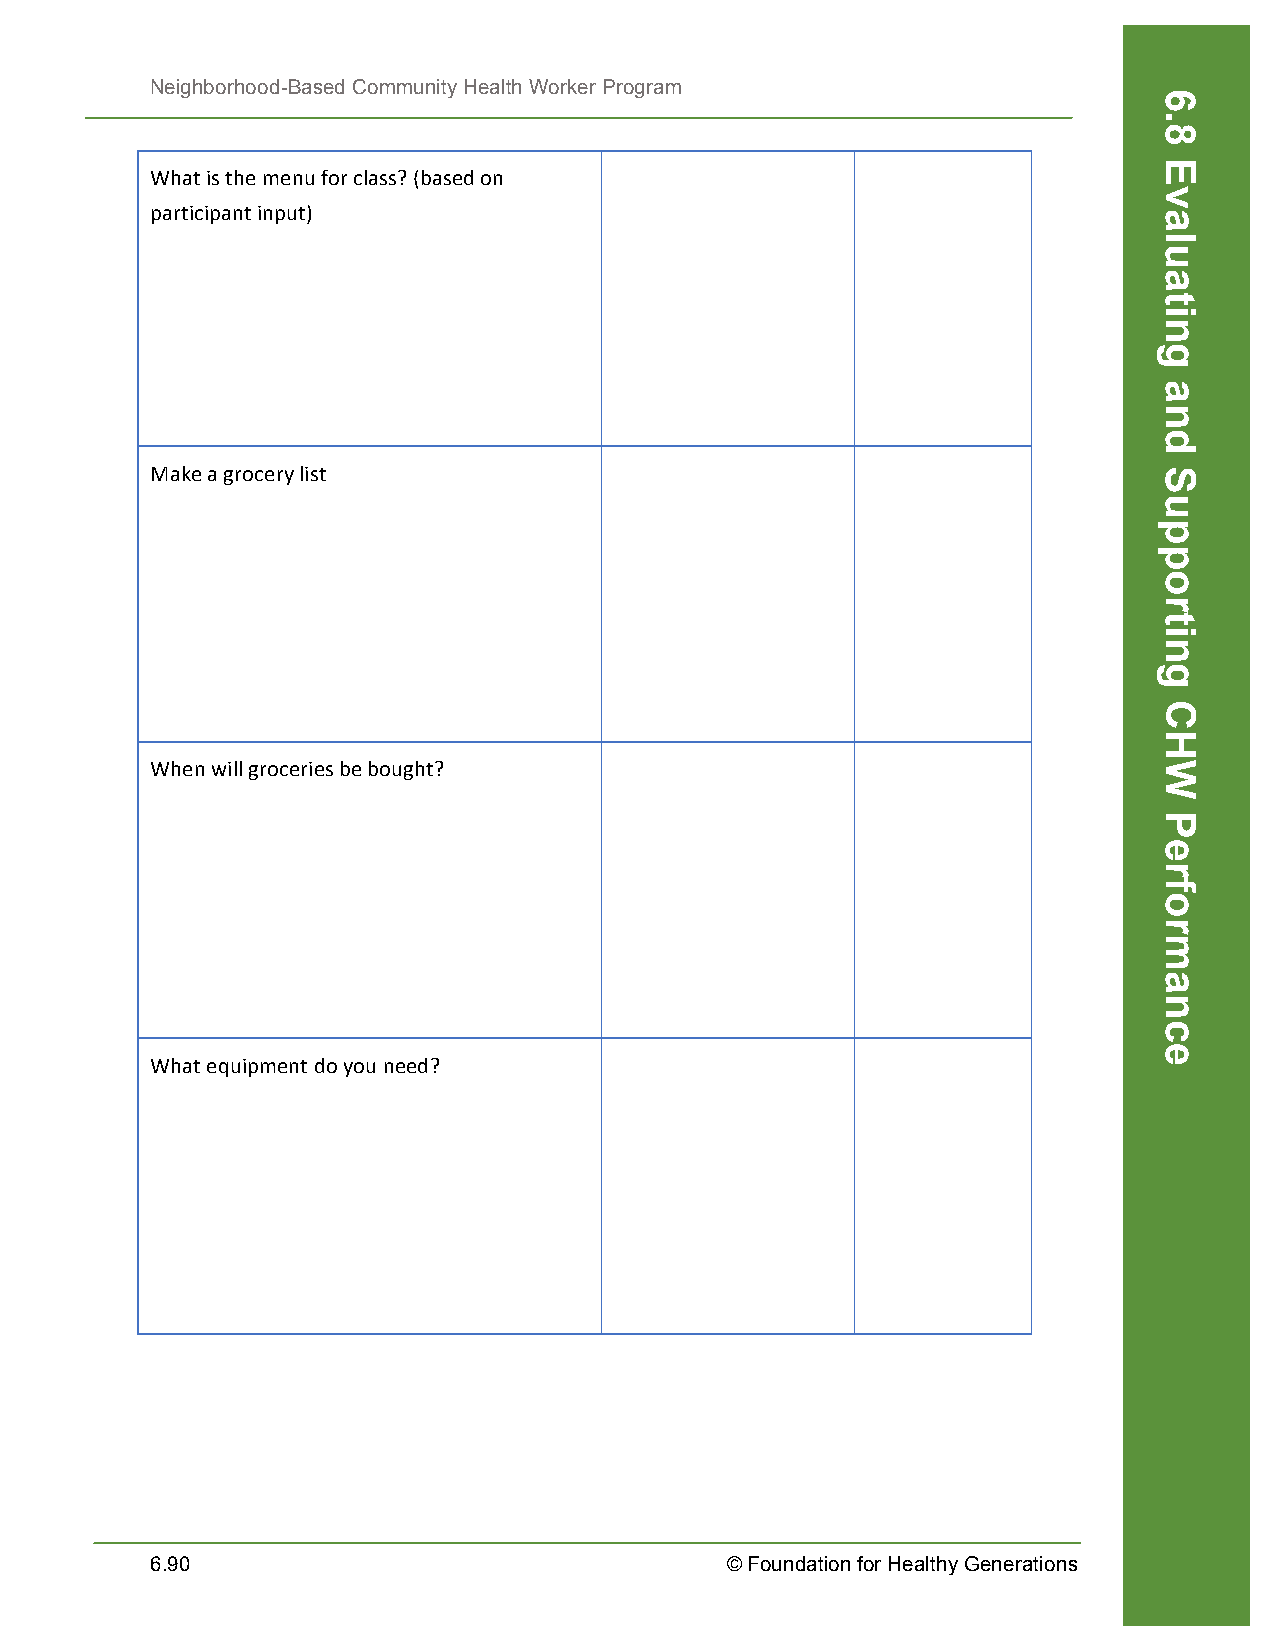
Neighborhood-Based Community Health Worker Program
 What is the menu for class? (based on
 participant input)
 Make a grocery list
 When will groceries be bought?
 What equipment do you need?
 6.90                                  © Foundation for Healthy Generations
 6.8
 Evaluating
 and
 Supporting
 CHW
 Performance